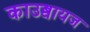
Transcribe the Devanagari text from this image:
काउब्वायज